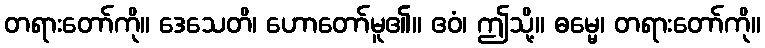
တရားတော်ကို။ ဒေသေတိ၊ ဟောတော်မူ၏။ ဧဝံ၊ ဤသို့။ ဓမ္မေ၊ တရားတော်ကို။